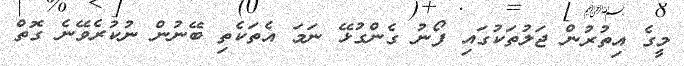
މީގެ އިތުރުން ޖަލުތަކުގައި ފޯނު ގެންގުޅޭ ނަމަ އެތަކެތި ބޭނުން ނުކުރެވޭނެ ގޮތް